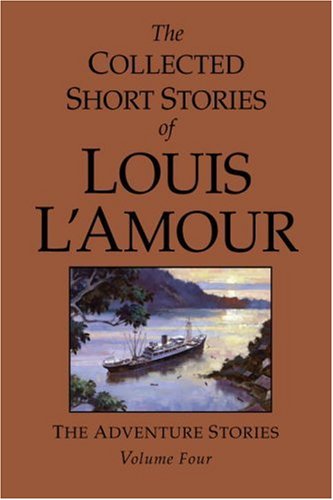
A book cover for The Collected Short Stories of Louis L'Amour, Volume 4: The Adventure Stories; Louis L'Amour; Literature & Fiction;